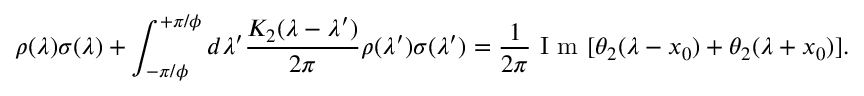
\rho ( \lambda ) \sigma ( \lambda ) + \int _ { - \pi / \phi } ^ { + \pi / \phi } d \lambda ^ { \prime } \frac { K _ { 2 } ( \lambda - \lambda ^ { \prime } ) } { 2 \pi } \rho ( \lambda ^ { \prime } ) \sigma ( \lambda ^ { \prime } ) = \frac { 1 } { 2 \pi } \mathrm { ~ I ~ m ~ } [ \theta _ { 2 } ( \lambda - x _ { 0 } ) + \theta _ { 2 } ( \lambda + x _ { 0 } ) ] .